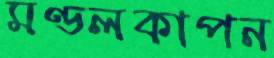
মণ্ডলকাপন